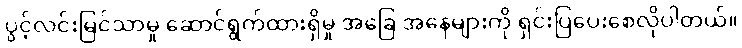
ပွင့်လင်းမြင်သာမှု ဆောင်ရွက်ထားရှိမှု အခြေ အနေများကို ရှင်းပြပေးစေလိုပါတယ်။